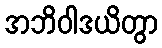
အဘိဝါဒယိတွာ